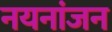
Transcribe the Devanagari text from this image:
नयनांजन